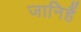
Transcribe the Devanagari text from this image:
जानिहैं